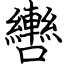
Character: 轡